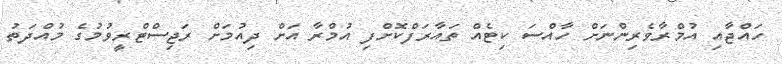
ހައްޖާއި އުމްރާވެރިންނަށް ހާއްސަ ކިޓެއް ތައާރަފްކޮށްފި އުމްރާ އަށް ދިއުމަށް ރަޖިސްޓްރީވުމުގެ މުއްދަތު